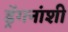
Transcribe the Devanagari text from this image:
ड्रॅगनांशी